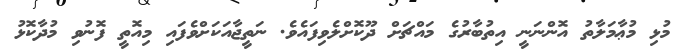
މުޅި މުޢާމަލާތު އޮންނަނީ އިތުބާރުގެ މައްޗަށް ދޫކޮށްލެވިފައެވެ. ނަތީޖާއަކަށްވެފައި މިއޮތީ ފޮނުވި މުދާކޮޅު